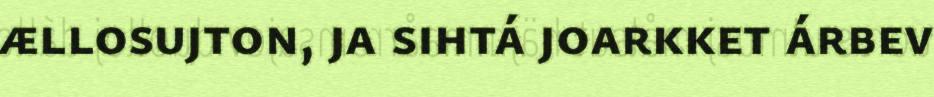
ællosujton, ja sihtá joarkket árbev